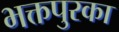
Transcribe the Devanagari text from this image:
भक्तपुरका